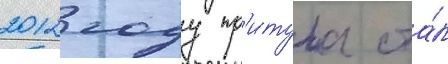
2012 году пр'итула ста́л